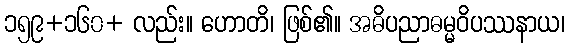
၁၅၉+၁၆၀+ လည်း။ ဟောတိ၊ ဖြစ်၏။ အဓိပညာဓမ္မဝိပဿနာယ၊